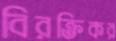
বিরক্তিকর